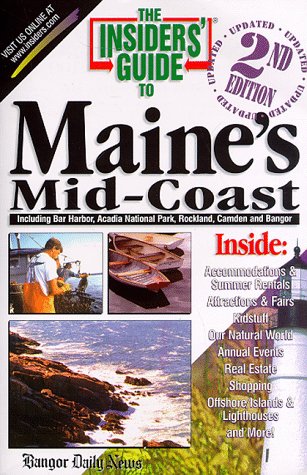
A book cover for Insiders' Guide to Maine's Mid-Coast, 2nd; Carol des Lauriers Cieri; Travel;